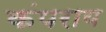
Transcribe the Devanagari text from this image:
कंपराय